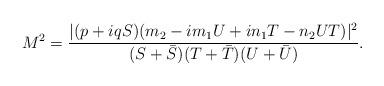
LaTeX: \begin{align*}M^2={|(p+iqS)(m_2-im_1U+in_1T-n_2UT)|^2\over (S+\bar S)(T+\bar T)(U+\bar U)}.\end{align*}